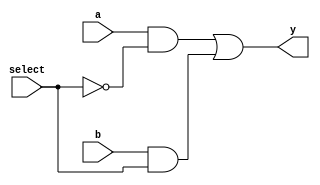
`timescale 1ns / 1ps
//////////////////////////////////////////////////////////////////////////////////
// Module Name: xup_mux_2_to_1
//////////////////////////////////////////////////////////////////////////////////
module xup_mux_2_to_1 #(parameter DELAY = 3)(
    input a,
    input b,
    input select,
    output y
    );
    
    assign #DELAY y= (a & ~select) | (b & select);
        
endmodule